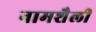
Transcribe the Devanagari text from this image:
नामशैली